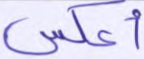
أعكس